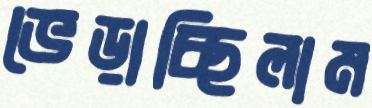
ভেড়াচ্ছিলাম